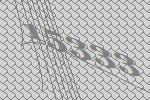
15333